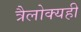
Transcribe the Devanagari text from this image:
त्रैलोक्यही